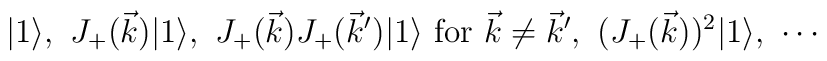
|1 \rangle, \,\, J_{+}(\vec{k}) |1 \rangle, \,\,J_{+}(\vec{k}) J_{+}(\vec{k}') |1 \rangle \,\,\mbox{for} \,\, \vec{k}\not= \vec{k}', \,\,(J_{+}(\vec{k}))^2 |1 \rangle, \,\, \cdots